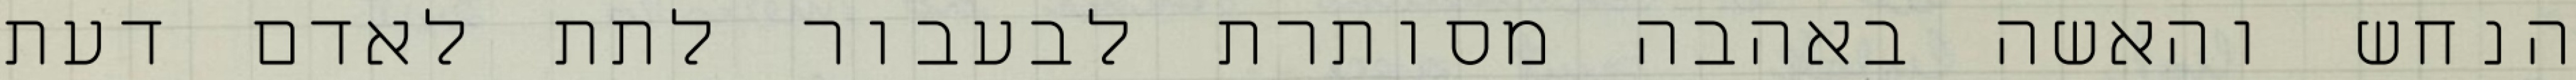
הנחש והאשה באהבה מסותרת לבעבור לתת לאדם דעת